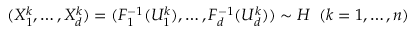
( X _ { 1 } ^ { k } , \dots , X _ { d } ^ { k } ) = ( F _ { 1 } ^ { - 1 } ( U _ { 1 } ^ { k } ) , \dots , F _ { d } ^ { - 1 } ( U _ { d } ^ { k } ) ) \sim H \; \; ( k = 1 , \dots , n )